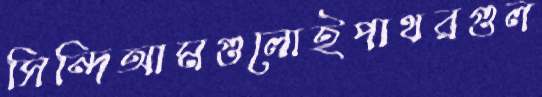
সিন্দিআমগুলোইপাথরগুল